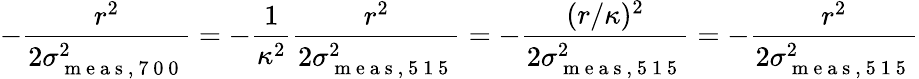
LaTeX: -\frac{r^{2}}{2\sigma_{\mathrm{~m~e~a~s~,~7~0~0~}}^{2}}=-\frac{1}{\kappa^{2}}\frac{r^{2}}{2\sigma_{\mathrm{~m~e~a~s~,~5~1~5~}}^{2}}=-\frac{(r/\kappa)^{2}}{2\sigma_{\mathrm{~m~e~a~s~,~5~1~5~}}^{2}}=-\frac{r^{2}}{2\sigma_{\mathrm{~m~e~a~s~,~5~1~5~}}^{2}}